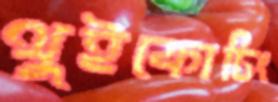
থুইকোচিং